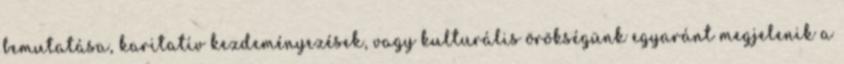
bemutatása, karitatív kezdeményezések, vagy kulturális örökségünk egyaránt megjelenik a